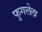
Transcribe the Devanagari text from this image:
फुगलेला